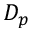
D _ { p }